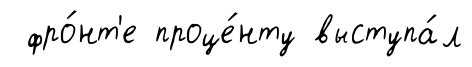
фро́нт'е проце́нту выступа́л